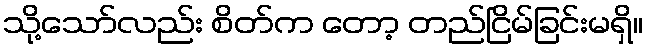
သို့သော်လည်း စိတ်က တော့ တည်ငြိမ်ခြင်းမရှိ။